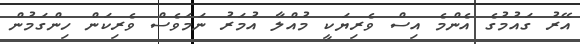
އޭރު ގައުމުގެ އެންމެ އިސް ވެރިޔަކީ މުއްލާ އުމަރު ނަމަވެސް ވެރިކަން ހިންގަމުން